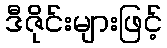
ဒီဇိုင်းများဖြင့်